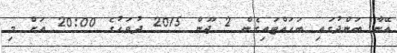
އޭނާ ބަންދުގައި ބަހައްޓައިގެން 2 ޖޫން 2015 ދުވަހުގެ 20:00 އަށް މި